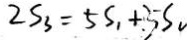
2 S _ { 3 } = 5 S _ { 1 } + 5 S _ { 2 }